Scottish Certificate of Education, 1962
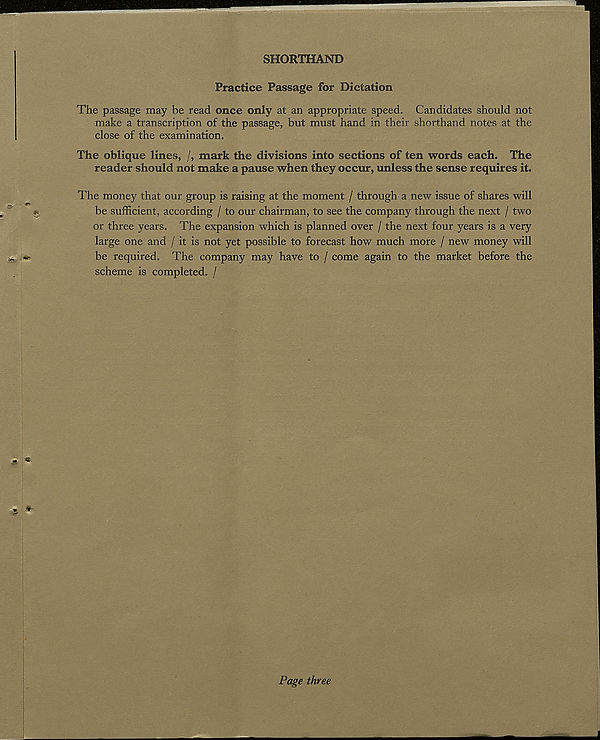
SHORTHAND
Practice Passage for Dictation
The passage may be read once only at an appropriate speed. Candidates should not
make a transcription of the passage, but must hand in their shorthand notes at the
close of the examination.
The oblique lines, /, mark the divisions into sections of ten words each. The
reader should not make a pause when they occur, unless the sense requires it.
The money that our group is raising at the moment / through a new issue of shares will
be sufficient, according / to our chairman, to see the company through the next / two
or three years. The expansion which is planned over / the next four years is a very
large one and / it is not yet possible to forecast how much more / new money will
be required. The company may have to / come again to the market before the
scheme is completed. /
Page three